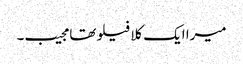
میرا ایک کلا فیلو تھا مجیب۔